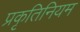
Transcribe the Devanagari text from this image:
प्रकृतिनियम